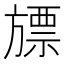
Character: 𣄔